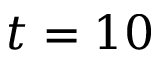
t = 1 0